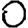
Digit: 0